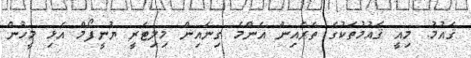
ޤައުމު. މިއީ ޤައުމުތަކުގެ ތެރެއިން އެންމެ ގިނައިން މިލިޓަރީ ޔުނީފޯމް އެޅި މީހުން